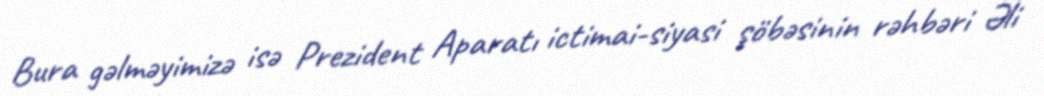
Bura gəlməyimizə isə Prezident Aparatı ictimai-siyasi şöbəsinin rəhbəri Əli